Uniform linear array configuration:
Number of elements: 64
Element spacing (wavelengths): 1
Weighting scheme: binomial
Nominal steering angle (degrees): -15
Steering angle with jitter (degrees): -15.107
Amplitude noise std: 0.05
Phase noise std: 0.05

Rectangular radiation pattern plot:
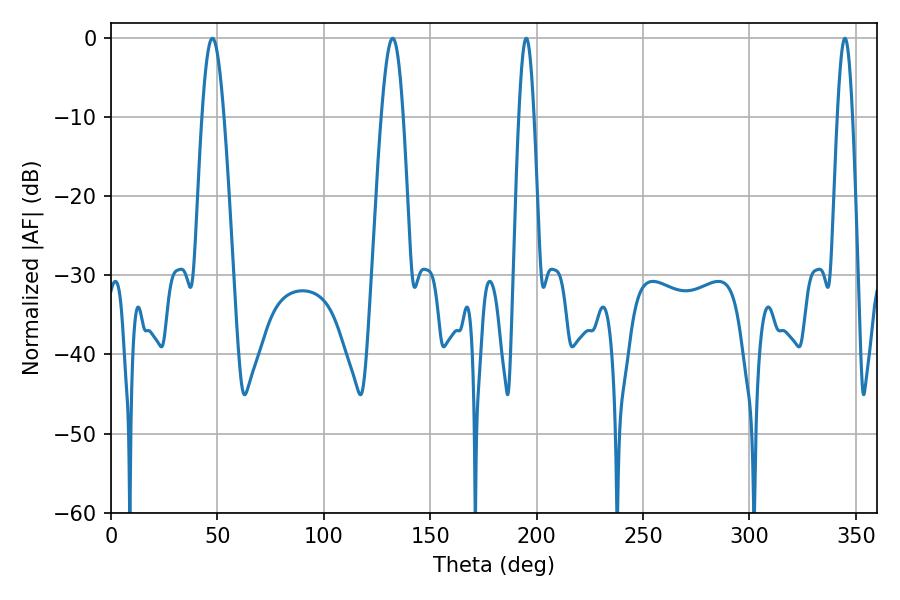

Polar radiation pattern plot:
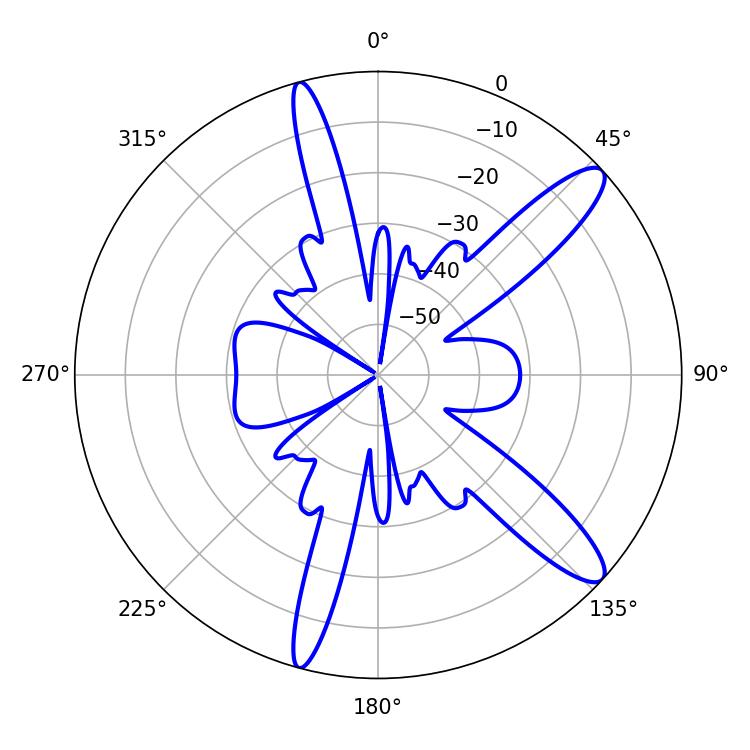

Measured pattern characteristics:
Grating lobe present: TRUE
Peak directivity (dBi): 12.286
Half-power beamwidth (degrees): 3.78
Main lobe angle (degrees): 195.12